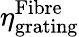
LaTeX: \eta_{\textrm{grating}}^{\textrm{Fibre}}